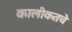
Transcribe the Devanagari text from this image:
कालीकतचे